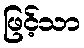
ဖြင့်သာ